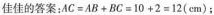
佳佳的答案：$$AC = AB + BC = 1+ 2 = 12 (cm)$$；